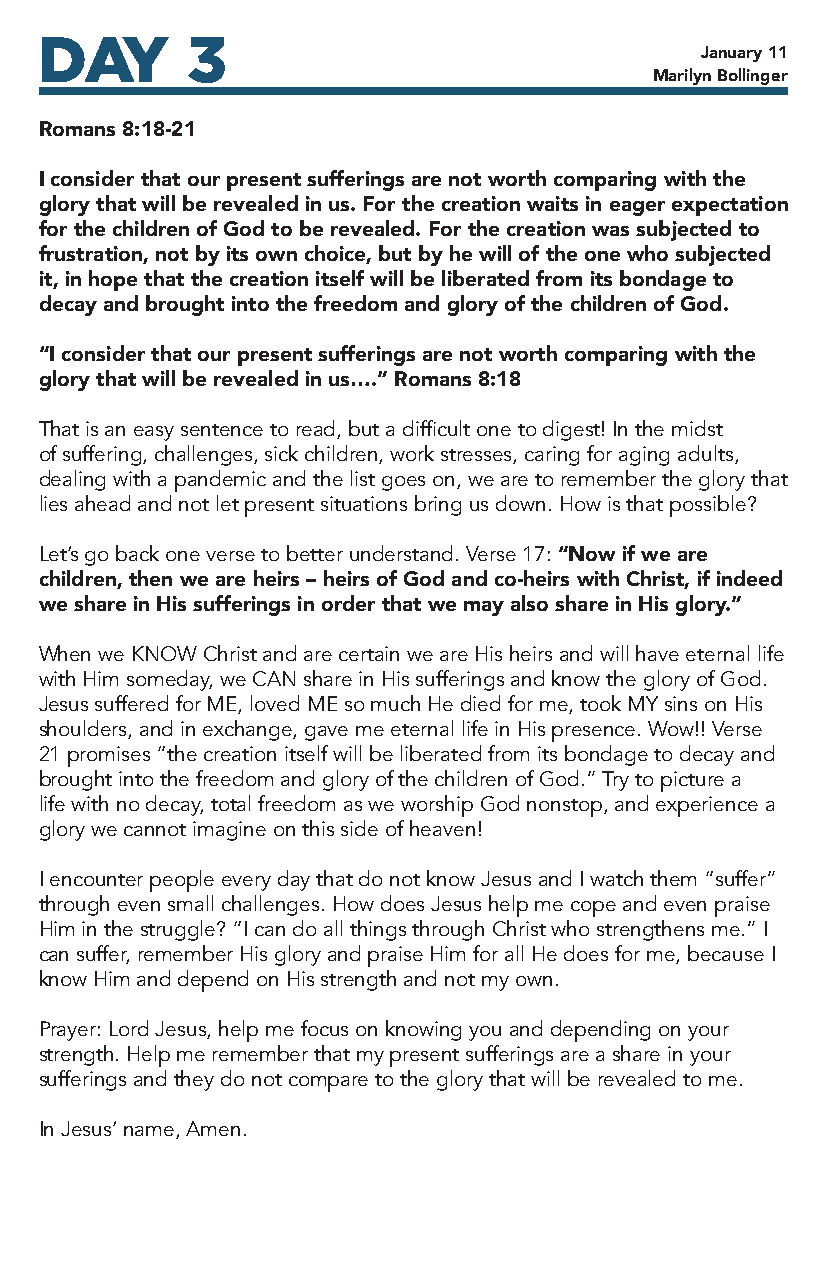
DAY       3
 January 11
 Marilyn Bollinger
 Romans 8:18-21
 I consider that our present sufferings are not worth comparing with the
 glory that will be revealed in us. For the creation waits in eager expectation
 for the children of God to be revealed. For the creation was subjected to
 frustration, not by its own choice, but by he will of the one who subjected
 it, in hope that the creation itself will be liberated from its bondage to
 decay and brought into the freedom and glory of the children of God.
 “I consider that our present sufferings are not worth comparing with the
 glory that will be revealed in us….” Romans 8:18
 That is an easy sentence to read, but a difficult one to digest! In the midst
 of suffering, challenges, sick children, work stresses, caring for aging adults,
 dealing with a pandemic and the list goes on, we are to remember the glory that
 lies ahead and not let present situations bring us down. How is that possible?
 Let’s go back one verse to better understand. Verse 17: “Now if we are
 children, then we are heirs – heirs of God and co-heirs with Christ, if indeed
 we share in His sufferings in order that we may also share in His glory.”
 When we KNOW Christ and are certain we are His heirs and will have eternal life
 with Him someday, we CAN share in His sufferings and know the glory of God.
 Jesus suffered for ME, loved ME so much He died for me, took MY sins on His
 shoulders, and in exchange, gave me eternal life in His presence. Wow!! Verse
 21 promises “the creation itself will be liberated from its bondage to decay and
 brought into the freedom and glory of the children of God.” Try to picture a
 life with no decay, total freedom as we worship God nonstop, and experience a
 glory we cannot imagine on this side of heaven!
 I encounter people every day that do not know Jesus and I watch them “suffer”
 through even small challenges. How does Jesus help me cope and even praise
 Him in the struggle? “I can do all things through Christ who strengthens me.” I
 can suffer, remember His glory and praise Him for all He does for me, because I
 know Him and depend on His strength and not my own.
 Prayer: Lord Jesus, help me focus on knowing you and depending on your
 strength. Help me remember that my present sufferings are a share in your
 sufferings and they do not compare to the glory that will be revealed to me.
 In Jesus’ name, Amen.